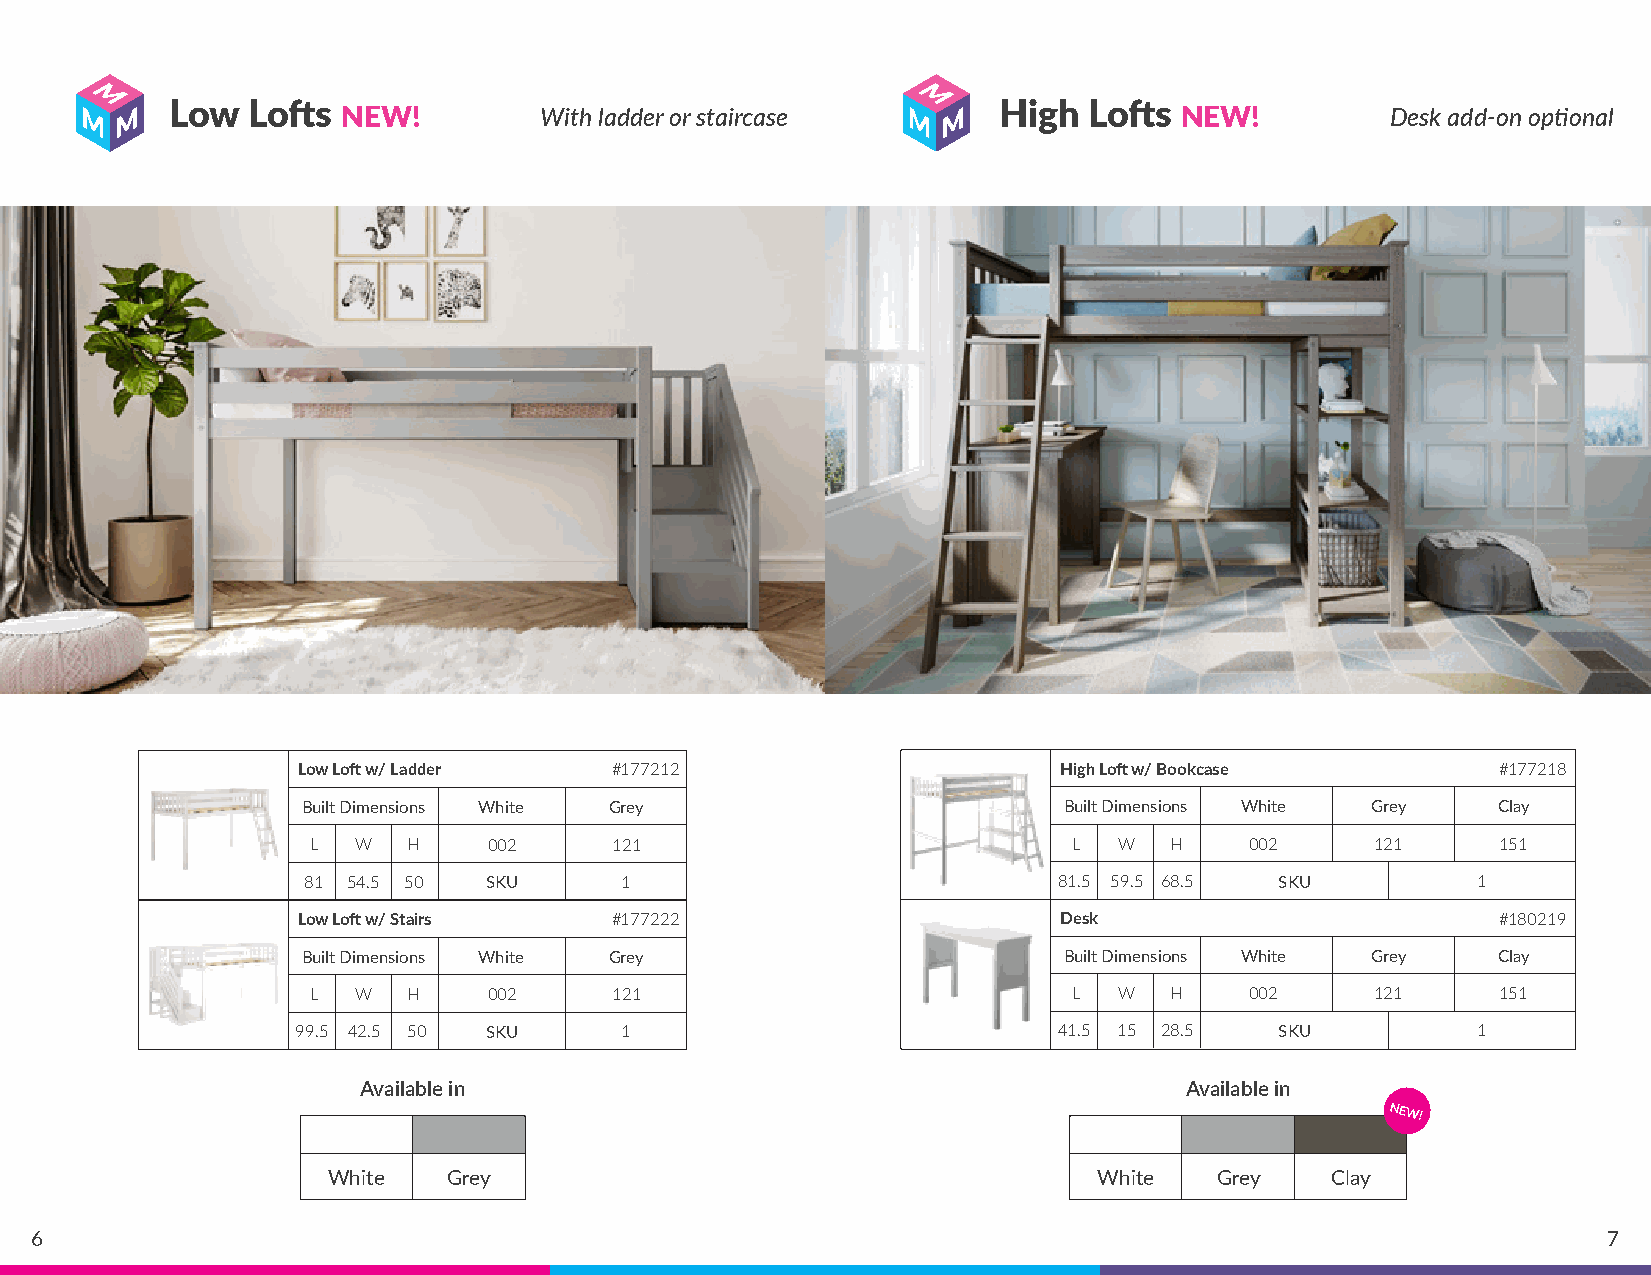
Low  Lofts  NEW!         With ladder or staircase      High  Lofts NEW!          Desk add-on optional
 Low Loft w/ Ladder  #177212                       High Loft w/ Bookcase        #177218
 Built Dimensions White Grey                       Built Dimensions White Grey  Clay
 L   W  H    002      121                           L  W  H     002     121     151
 81 54.5 50  SKU      1                            81.5 59.5 68.5 SKU          1
 Low Loft w/ Stairs  #177222                       Desk                         #180219
 Built Dimensions White Grey                       Built Dimensions White Grey  Clay
 L   W  H    002      121                           L  W  H     002     121     151
 99.5 42.5 50 SKU     1                            41.5 15 28.5   SKU          1
 Available in                                          Available in
 NEW!
 White   Grey                                       White   Grey   Clay
 6                                                                                                       7